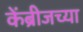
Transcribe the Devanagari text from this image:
केंब्रीजच्या